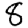
Digit: 8